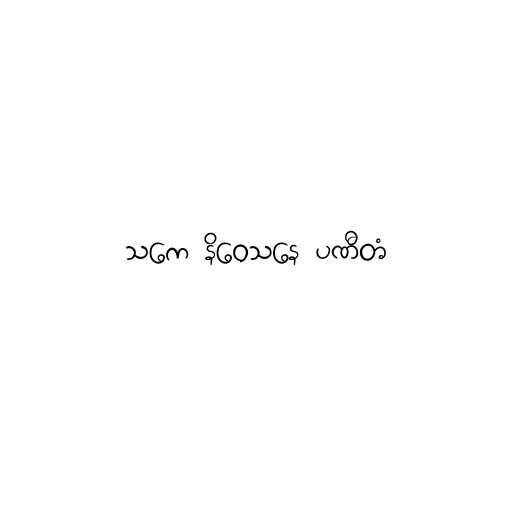
သကေ နိဝေသနေ ပဏီတံ